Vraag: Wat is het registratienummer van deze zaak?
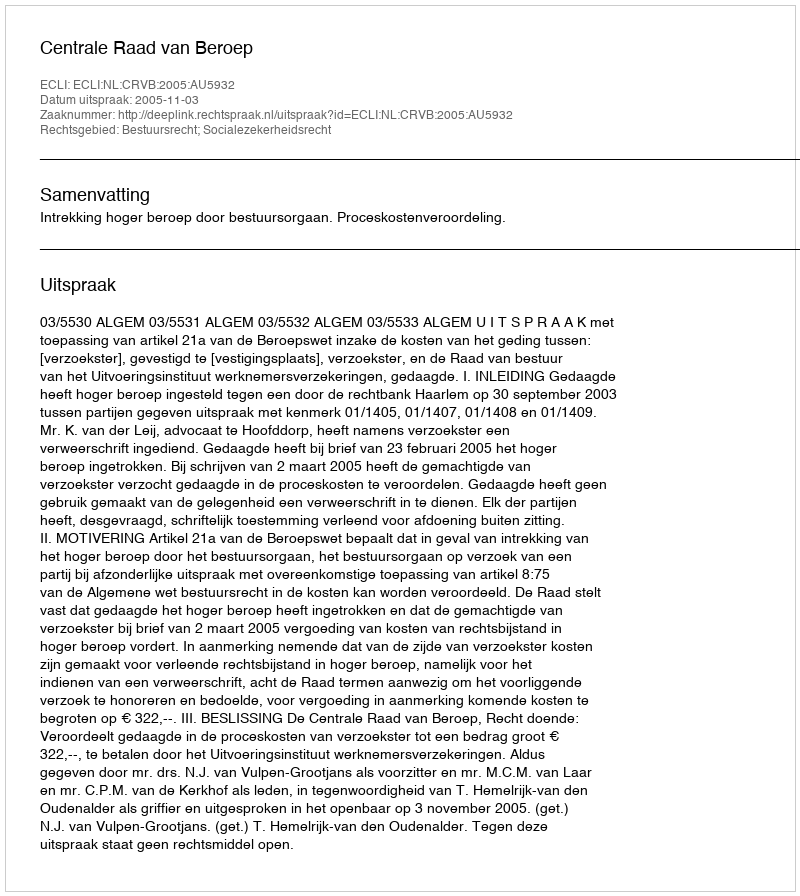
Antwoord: http://deeplink.rechtspraak.nl/uitspraak?id=ECLI:NL:CRVB:2005:AU5932